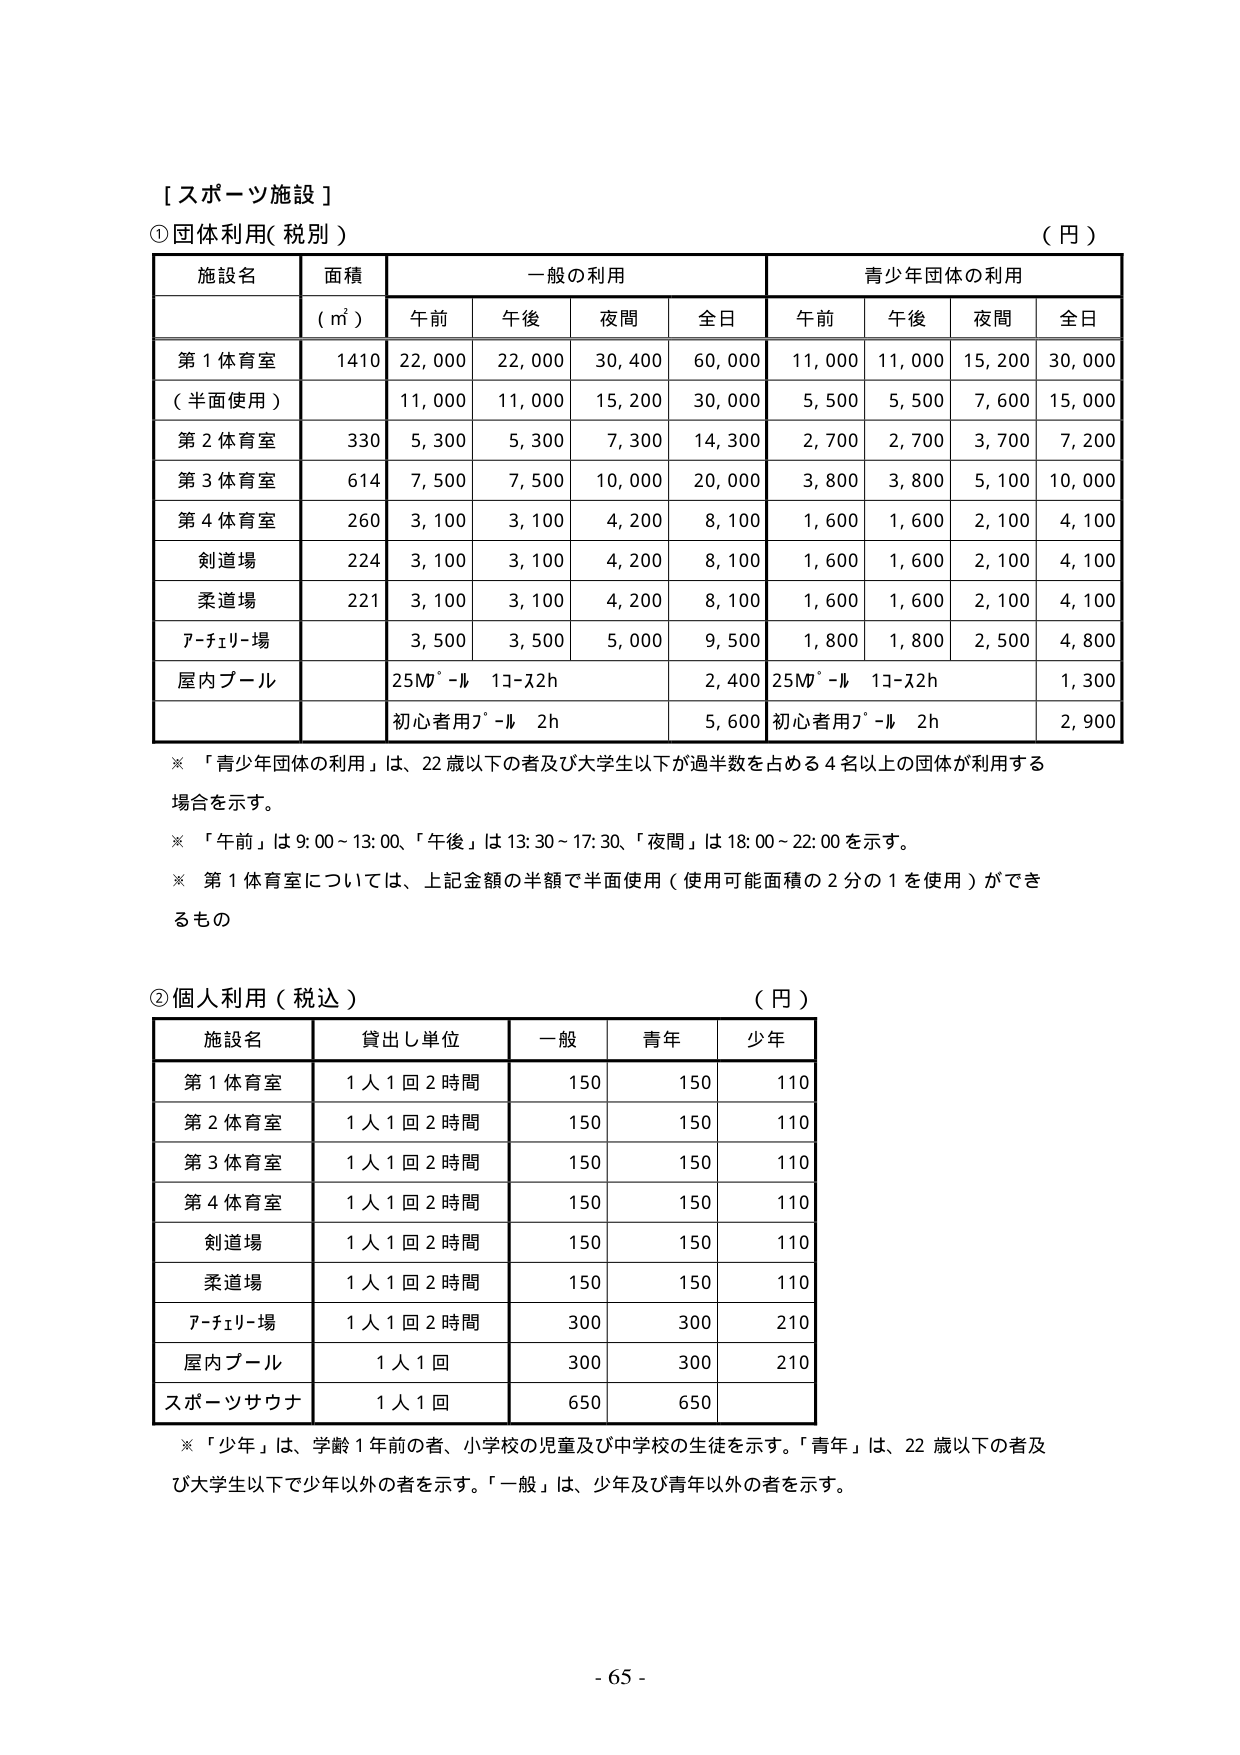
[ スポーツ施設 ]

①団体利用( 税別 )
( 円 )

施設名 面積 一般の利用 青少年団体の利用
( ㎡ ) 午前 午後 夜間 全日 午前 午後 夜間 全日

第 1 体育室 1410 22,000 22,000 30,400 60,000 11,000 11,000 15,200 30,000
( 半面使用 ) 11,000 11,000 15,200 30,000 5,500 5,500 7,600 15,000

第 2 体育室 330 5,300 5,300 7,300 14,300 2,700 2,700 3,700 7,200

第 3 体育室 614 7,500 7,500 10,000 20,000 3,800 3,800 5,100 10,000

第 4 体育室 260 3,100 3,100 4,200 8,100 1,600 1,600 2,100 4,100

剣道場 224 3,100 3,100 4,200 8,100 1,600 1,600 2,100 4,100

柔道場 221 3,100 3,100 4,200 8,100 1,600 1,600 2,100 4,100

アーチェリー場 3,500 3,500 5,000 9,500 1,800 1,800 2,500 4,800

屋内プール 25M² -ル 13-22h 2,400 25M² -ル 13-22h 1,300
初心者用プール 2h 5,600 初心者用プール 2h 2,900

※ 「青少年団体の利用」は、22 歳以下の者及び大学生以下が過半数を占める 4 名以上の団体が利用する
場合を示す。

※ 「午前」は 9:00～13:00、「午後」は 13:30～17:30、「夜間」は 18:00～22:00 を示す。

※ 第 1 体育室については、上記金額の半額で半面使用（使用可能面積の 2 分の 1 を使用）ができるもの

②個人利用（税込）
( 円 )

施設名 貸出し単位 一般 青年 少年

第 1 体育室 1 人 1 回 2 時間 150 150 110

第 2 体育室 1 人 1 回 2 時間 150 150 110

第 3 体育室 1 人 1 回 2 時間 150 150 110

第 4 体育室 1 人 1 回 2 時間 150 150 110

剣道場 1 人 1 回 2 時間 150 150 110

柔道場 1 人 1 回 2 時間 150 150 110

アーチェリー場 1 人 1 回 2 時間 300 300 210

屋内プール 1 人 1 回 300 300 210

スポーツサウナ 1 人 1 回 650 650

※ 「少年」は、学齢 1 年前の者、小学校の児童及び中学校の生徒を示す。「青年」は、22 歳以下の者及び大学生以下で少年以外の者を示す。「一般」は、少年及び青年以外の者を示す。

- 65 -